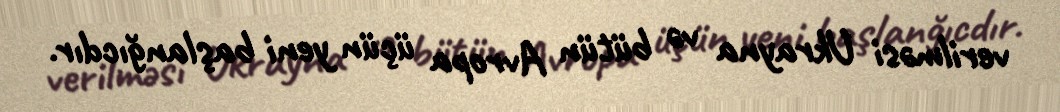
verilməsi Ukrayna və bütün Avropa üçün yeni başlanğıcdır.